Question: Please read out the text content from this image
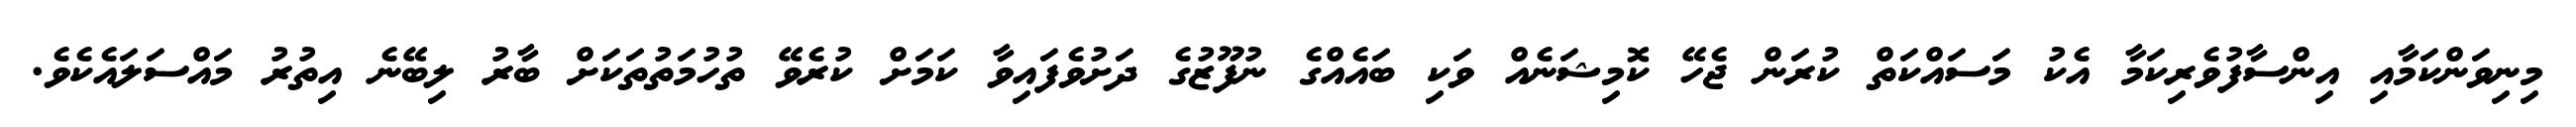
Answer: މިނިވަންކަމާއި އިންސާފުވެރިކަމާ އެކު މަސައްކަތް ކުރަން ޖެހޭ ކޮމިޝަނެއް ވަކި ބައެއްގެ ނުފޫޒުގެ ދަށުވެފައިވާ ކަމަށް ކުރެވޭ ތުހުމަތުތަކަށް ބާރު ލިބޭނެ އިތުރު މައްސަލައެކެވެ.